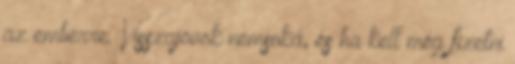
az emberre. Visszajövök nemsoká, és ha kell még fizetni